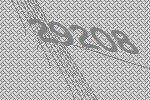
29208